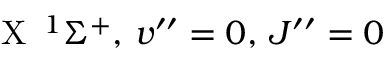
\textrm { X } \, ^ { 1 } \Sigma ^ { + } , \, v ^ { \prime \prime } = 0 , \, J ^ { \prime \prime } = 0